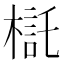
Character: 𣘄